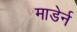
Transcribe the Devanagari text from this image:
माडेर्न